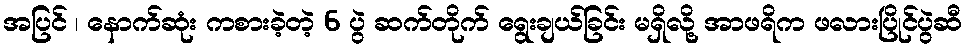
အပြင် ၊ နောက်ဆုံး ကစားခဲ့တဲ့ 6 ပွဲ ဆက်တိုက် ရွေးချယ်ခြင်း မရှိလို့ အာဖရိက ဖလားပြိုင်ပွဲဆီ